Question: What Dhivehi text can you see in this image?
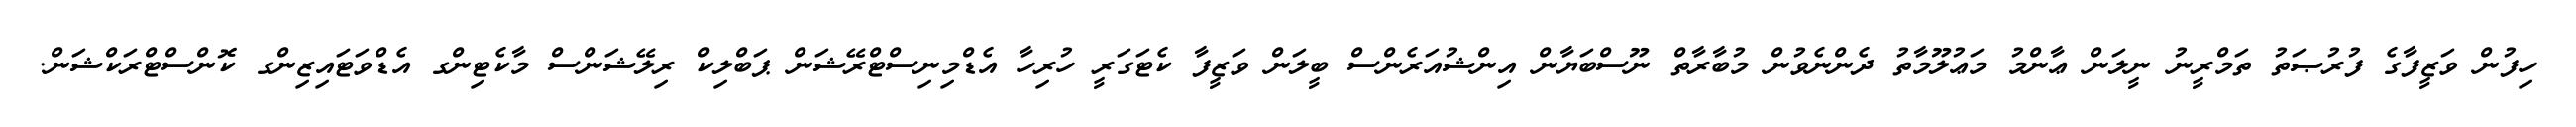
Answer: ހިފުން ވަޒީފާގެ ފުރުޞަތު ތަމްރީނު ނީލަން ޢާންމު މަޢުލޫމާތު ދެންނެވުން މުބާރާތް ނޫސްބަޔާން އިންޝުއަރެންސް ބީލަން ވަޒީފާ ކެޓަގަރީ ހުރިހާ އެޑްމިނިސްޓްރޭޝަން ޕަބްލިކް ރިލޭޝަންސް މާކެޓިންގ އެޑްވަޓައިޒިންގ ކޮންސްޓްރަކްޝަން.